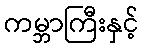
ကမ္ဘာကြီးနှင့်